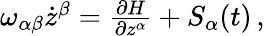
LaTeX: \begin{array}{r}{\omega_{\alpha\beta}\dot{z}^{\beta}=\frac{\partial H}{\partial z^{\alpha}}+S_{\alpha}(t)\, ,}\end{array}